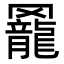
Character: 𦌼